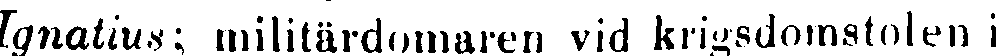
lgnatius; militärdomaren vid krigsdomstolen i